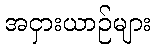
အငှားယာဉ်များ